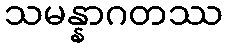
သမန္နာဂတဿ